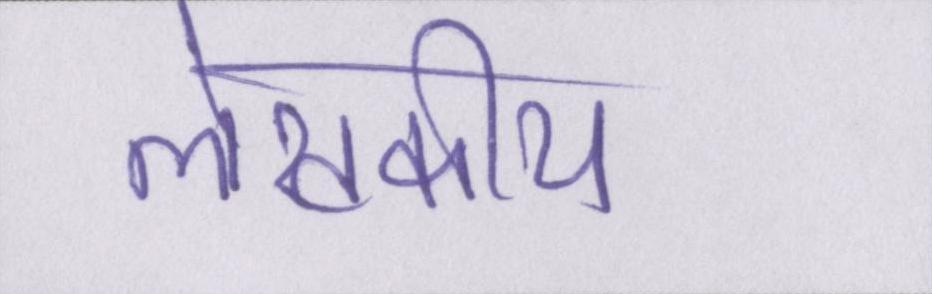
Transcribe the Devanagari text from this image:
लेखकीय